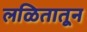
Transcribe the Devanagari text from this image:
लळितातून